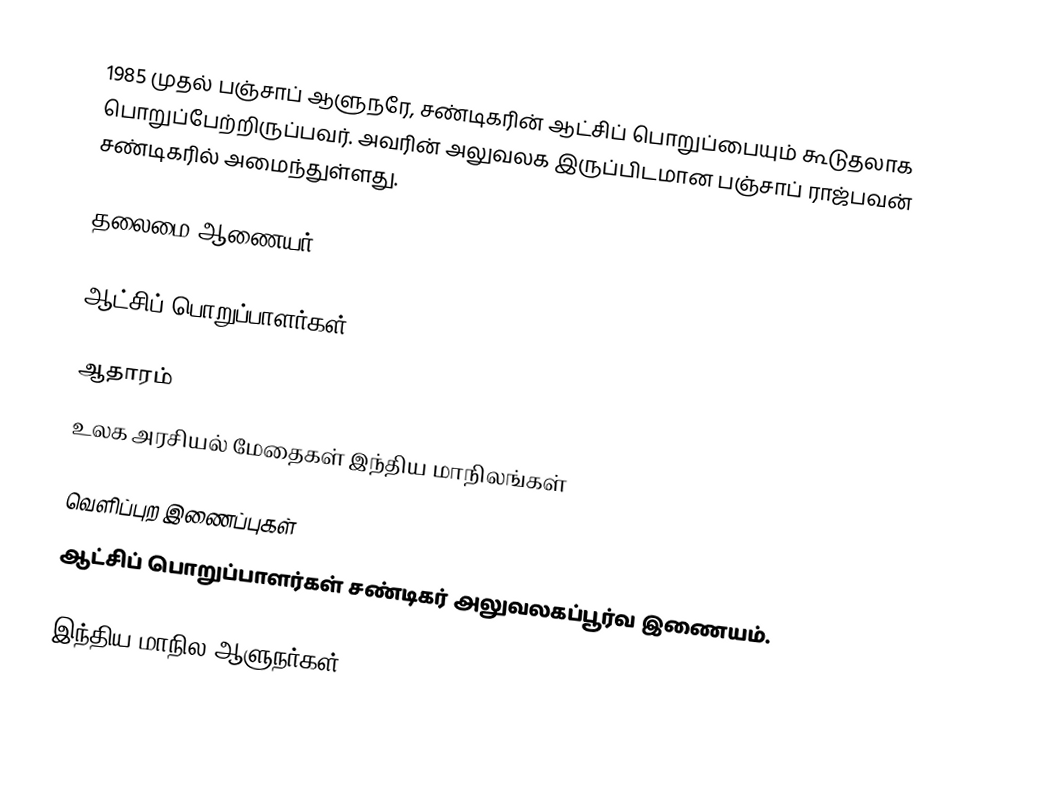
1985 முதல் பஞ்சாப் ஆளுநரே, சண்டிகரின் ஆட்சிப் பொறுப்பையும் கூடுதலாக பொறுப்பேற்றிருப்பவர். அவரின் அலுவலக இருப்பிடமான பஞ்சாப் ராஜ்பவன் சண்டிகரில் அமைந்துள்ளது.

தலைமை ஆணையர்

ஆட்சிப் பொறுப்பாளர்கள்

ஆதாரம்
 உலக அரசியல் மேதைகள் இந்திய மாநிலங்கள்

வெளிப்புற இணைப்புகள்
 ஆட்சிப் பொறுப்பாளர்கள் சண்டிகர் அலுவலகப்பூர்வ இணையம்.

இந்திய மாநில ஆளுநர்கள்